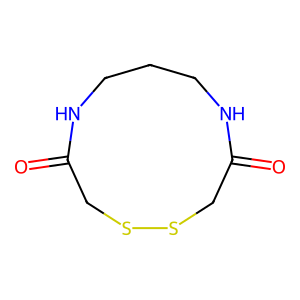
SMILES: O=C1CSSCC(=O)NCCCN1
Inhibits HIV replication: No